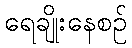
ရေချိုးနေစဉ်